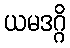
ယမဒဂ္ဂိ